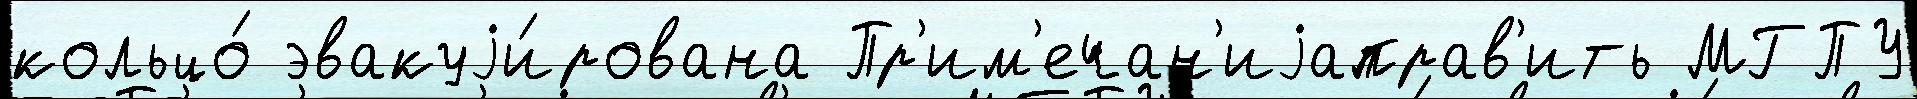
кольцо́ эвакуjи́рована Пр'им'ечан'иjаправ'ить МГПУ